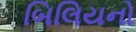
બિલિયનો